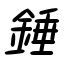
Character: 錘